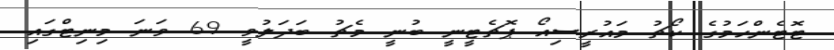
ޓޮޓެންހަމުގެ ކޯޗު މައުރީސިއޯ ޕޮޗެޓީނީ ބުނީ މެޗު ބަދަލުވީ 69 ވަނަ މިނިޓްގައި